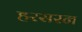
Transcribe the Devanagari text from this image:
हरसरन